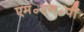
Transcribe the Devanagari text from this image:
एम॰एन॰पी